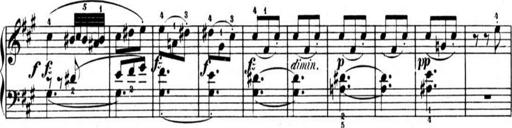
Title: AusgewÃ¤hlte Sonaten
Composer: Muzio Clementi